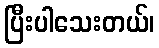
ပြီးပါသေးတယ်၊